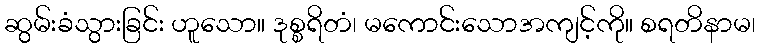
ဆွမ်းခံသွားခြင်း ဟူသော။ ဒုစ္စရိတံ၊ မကောင်းသောအကျင့်ကို။ စရတိနာမ၊